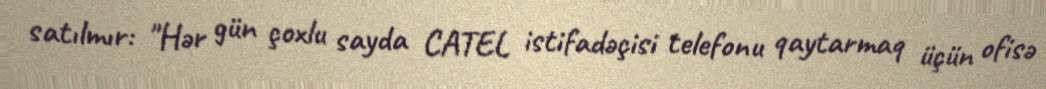
satılmır: "Hər gün çoxlu sayda CATEL istifadəçisi telefonu qaytarmaq üçün ofisə